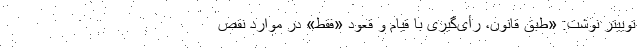
توییتر نوشت: «طبق قانون، رأی‌گیری با قیام و قعود «فقط» در موارد نقص